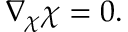
\nabla _ { \chi } { \chi } = 0 .